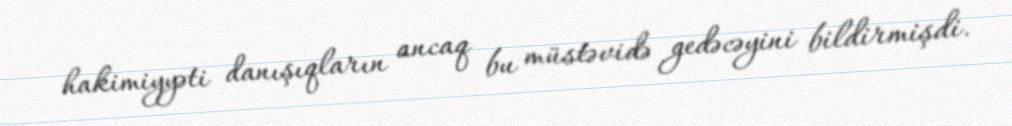
hakimiyyəti danışıqların ancaq bu müstəvidə gedəcəyini bildirmişdi.